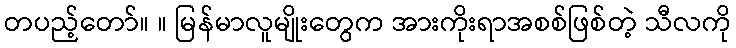
တပည့်တော်။ ။ မြန်မာလူမျိုးတွေက အားကိုးရာအစစ်ဖြစ်တဲ့ သီလကို